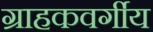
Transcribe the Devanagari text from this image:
ग्राहकवर्गीय